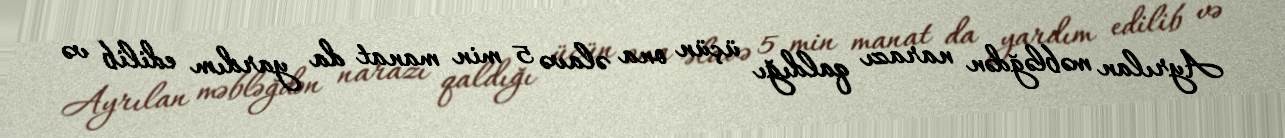
Ayrılan məbləğdən narazı qaldığı üçün ona əlavə 5 min manat da yardım edilib və